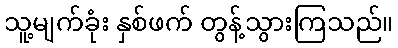
သူ့မျက်ခုံး နှစ်ဖက် တွန့်သွားကြသည်။